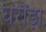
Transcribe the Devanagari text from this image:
घरौंड़ा